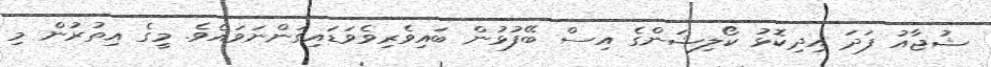
ޝުޖާއު ފަދަ އިދިކޮޅު ކޯލިޝަންގެ އިސް ބޭފުޅުން ބައިވެރިވެވަޑައިގަންނަވައެވެ. މީގެ އިތުރުން މި